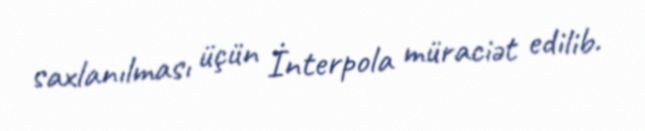
saxlanılması üçün İnterpola müraciət edilib.